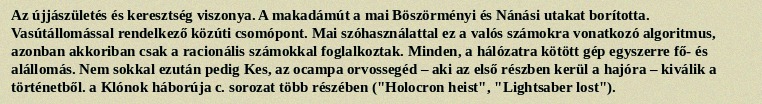
Az újjászületés és keresztség viszonya. A makadámút a mai Böszörményi és Nánási utakat borította. Vasútállomással rendelkező közúti csomópont. Mai szóhasználattal ez a valós számokra vonatkozó algoritmus, azonban akkoriban csak a racionális számokkal foglalkoztak. Minden, a hálózatra kötött gép egyszerre fő- és alállomás. Nem sokkal ezután pedig Kes, az ocampa orvossegéd – aki az első részben kerül a hajóra – kiválik a történetből. a Klónok háborúja c. sorozat több részében ("Holocron heist", "Lightsaber lost").